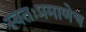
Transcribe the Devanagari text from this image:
स्वतःप्रमाणेच